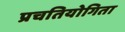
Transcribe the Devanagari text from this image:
प्रचतियोगिता